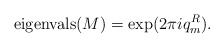
\begin{align*}\hbox{eigenvals}(M)=\exp (2\pi iq_{m}^{R}). \end{align*}